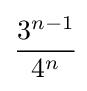
{\frac {3^{n-1}}{4^{n}}}\!